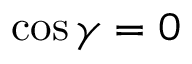
\cos \gamma = 0